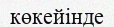
көкейінде